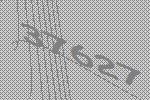
37627